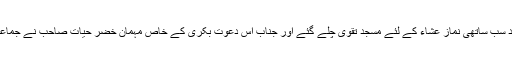
اس کے بعد سب ساتھی نماز عشاء کے لئے مسجد تقویٰ چلے گئے اور جناب اس دعوت بکری کے خاص مہمان خضر حیات صاحب نے جماعت کروائی۔